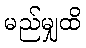
မည်မျှထိ